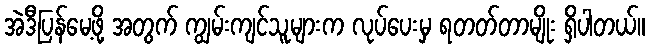
အဲဒီပြန်မေ့ဖို့ အတွက် ကျွမ်းကျင်သူများက လုပ်ပေးမှ ရတတ်တာမျိုး ရှိပါတယ်။